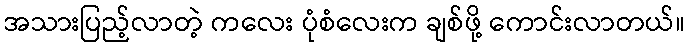
အသားပြည့်လာတဲ့ ကလေး ပုံစံလေးက ချစ်ဖို့ ကောင်းလာတယ်။